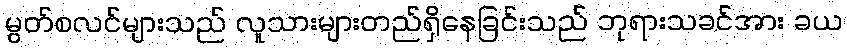
မွတ်စလင်များသည် လူသားများတည်ရှိနေခြင်းသည် ဘုရားသခင်အား ခယ